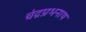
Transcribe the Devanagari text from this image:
चंद्रप्रभनाथ